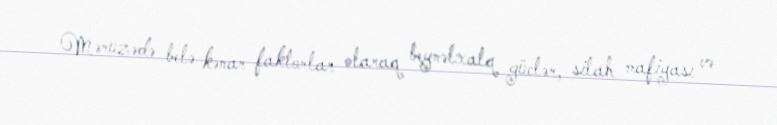
Məruzədə belə kənar faktorlar olaraq beynəlxalq güclər, silah mafiyası və